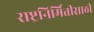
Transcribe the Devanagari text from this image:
राष्ट्रनिर्मितीसाठी